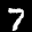
Label: 7